Vaccination in Burma 1920-1933 - 1920-1933
Year: 1920
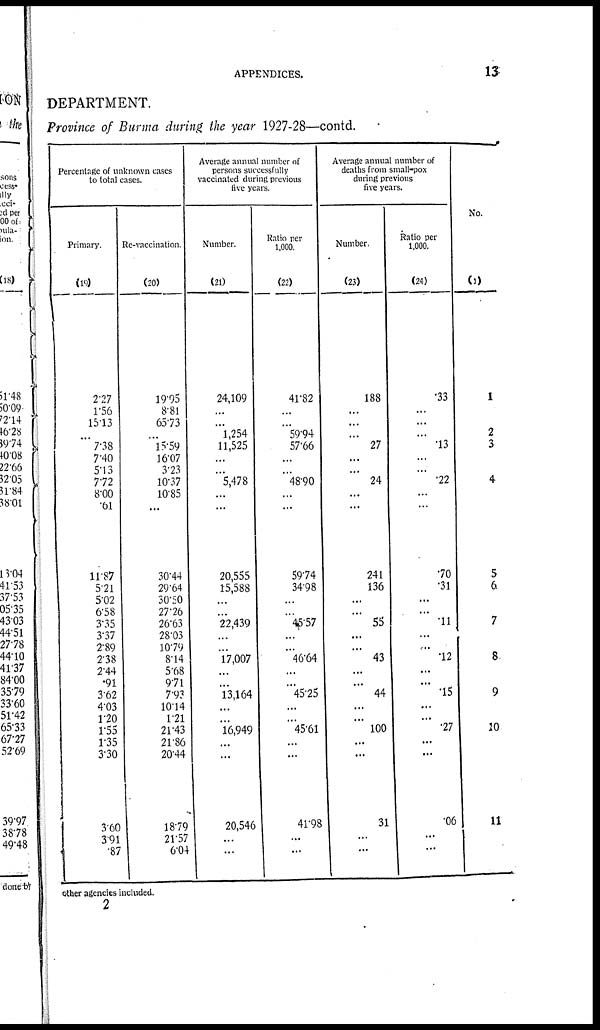
APPENDICES.
13
DEPARTMENT.
Province of Burma during the year 1927-28—contd.
Percentage of unknown cases
to total cases.
Primary.
(19)
2.27
1.56
15.13
...
7.38
7.40
5.13
7.72
8.00
.61
11.87
5.21
5.02
6.58
3.35
3.37
2.89
2.38
2.44
.91
3.62
4.03
1.20
1.55
1.35
3.30
3.60
3.91
.87
Re-vaccination.
(20)
19.95
8.81
65.73
...
15.59
16.07
3.23
10.37
10.85
...
30.44
29.64
30.50
27.26
26.63
28.03
10.79
8.14
5.68
9.71
7.93
10.14
1.21
21.43
21.86
20.44
18.79
21.57
6.04
Average annual number of
persons successfully
vaccinated during previous
five years.
Number.
(21)
24,109
...
... 1,254
11,525
...
...
5,478
...
...
20,555
15,588
...
...
22,439
...
. ..
17,007
...
...
13,164
...
...
16,949
...
...
20,546
...
...
Ratio per
1,000.
(22)
41.82
...
... 59.94
57.66
...
...
48.90
...
...
59.74
34.98
...
...
45.57
...
...
46.64
...
...
45.25
...
...
45.61
...
...
41.98
...
...
Average annual number of
deaths from small-pox
during previous
five years.
Number.
(23)
188
...
...
...
27
...
...
24
...
...
241
136
...
...
55
...
...
43
...
...
44
...
...
100
...
...
31
...
...
Ratio per
1,000.
(24)
.33
...
...
...
.13
...
...
.22
...
...
.70
.31
...
...
.11
...
...
.12
...
...
.15
...
...
.27
...
...
.06
...
...
No.
(1)
1
2
3
4
5
6
7
8
9
10
11
other agencies included.
2